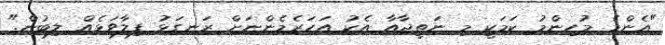
"އެންމެ މުހިންމު ކަމަކީ މި ނަތީޖާއާ އެކު އަހަރެމެންނަށް ރަނގަޅު ފިލާވަޅެއް ލިބުން."